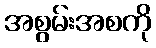
အစွမ်းအစကို